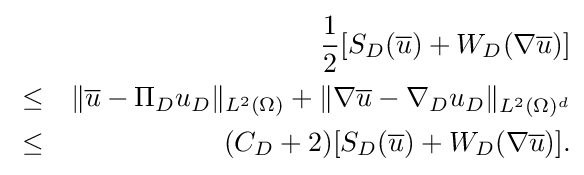
{\begin{aligned}&&{\frac {1}{2}}[S_{D}({\overline {u}})+W_{D}(\nabla {\overline {u}})]\\&\leq &\Vert {\overline {u}}-\Pi _{D}u_{D}\Vert _{L^{2}(\Omega )}+\Vert \nabla {\overline {u}}-\nabla _{D}u_{D}\Vert _{L^{2}(\Omega )^{d}}\\&\leq &(C_{D}+2)[S_{D}({\overline {u}})+W_{D}(\nabla {\overline {u}})].\end{aligned}}